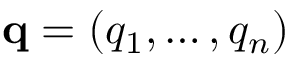
\mathbf { q } = ( q _ { 1 } , \dots , q _ { n } )